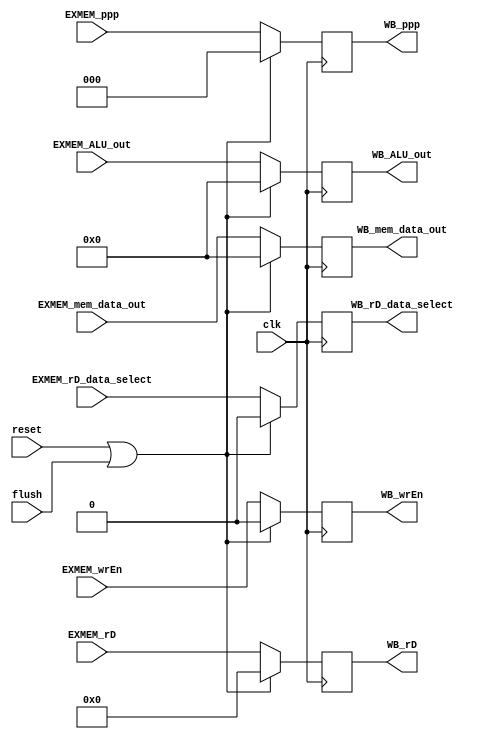
module EXMEM_WB (
    clk,reset,flush,
    EXMEM_rD,EXMEM_wrEn,EXMEM_ppp,
    EXMEM_ALU_out,EXMEM_mem_data_out,EXMEM_rD_data_select,
    WB_wrEn,WB_rD_data_select,WB_rD,WB_ALU_out,WB_mem_data_out,WB_ppp
);
    
    input wire clk,reset,flush,EXMEM_wrEn,EXMEM_rD_data_select;
    input wire [0:2] EXMEM_ppp;
    input wire [0:4] EXMEM_rD;
    input wire [0:63] EXMEM_ALU_out,EXMEM_mem_data_out;

    output reg WB_wrEn,WB_rD_data_select;
    output reg [0:4] WB_rD;
    output reg [0:63] WB_ALU_out,WB_mem_data_out;
    output reg [0:2] WB_ppp;

    always @(posedge clk) begin
        if(reset | flush) begin
            WB_wrEn <= 0;
            WB_rD <= 0;
            WB_rD_data_select <= 0;
            WB_ALU_out <= 0;
            WB_mem_data_out <= 0;
            WB_ppp <= 0;
        end
        else begin
            WB_wrEn <= EXMEM_wrEn;
            WB_rD <= EXMEM_rD;
            WB_rD_data_select <= EXMEM_rD_data_select;
            WB_ALU_out <= EXMEM_ALU_out;
            WB_mem_data_out <= EXMEM_mem_data_out;
            WB_ppp <= EXMEM_ppp;
        end
    end

endmodule